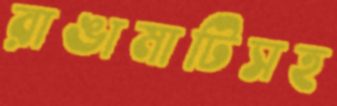
রাঙামাটিসহ